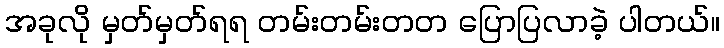
အခုလို မှတ်မှတ်ရရ တမ်းတမ်းတတ ပြောပြလာခဲ့ ပါတယ်။